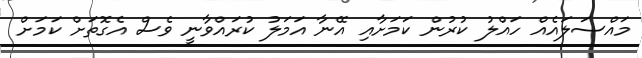
މައްސަލައެއް ހައްލު ކުރުން ކަމަށާއި އޭނާ އަމަލު ކުރައްވާނީ ވެސް އެގޮތަށް ކަމަށް